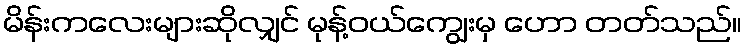
မိန်းကလေးများဆိုလျှင် မုန့်ဝယ်ကျွေးမှ ဟော တတ်သည်။